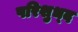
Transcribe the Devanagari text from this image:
परिशुध्द